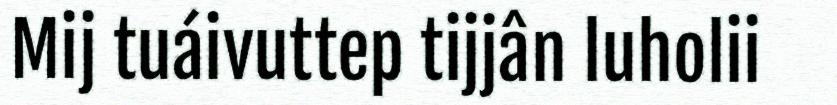
Mij tuáivuttep tijjân luholii